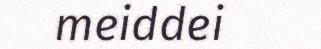
meiddei